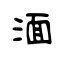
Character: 湎